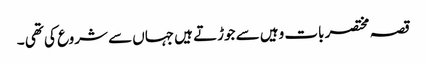
قصہ مختصر بات وہیں سے جوڑتے ہیں جہاں سے شروع کی تھی ۔